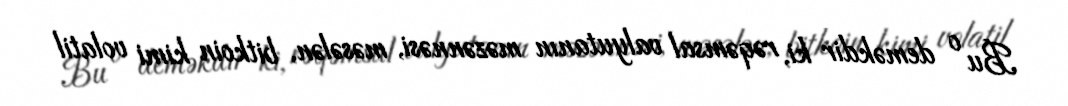
Bu o deməkdir ki, rəqəmsal valyutanın məzənnəsi, məsələn, bitkoin kimi volatil